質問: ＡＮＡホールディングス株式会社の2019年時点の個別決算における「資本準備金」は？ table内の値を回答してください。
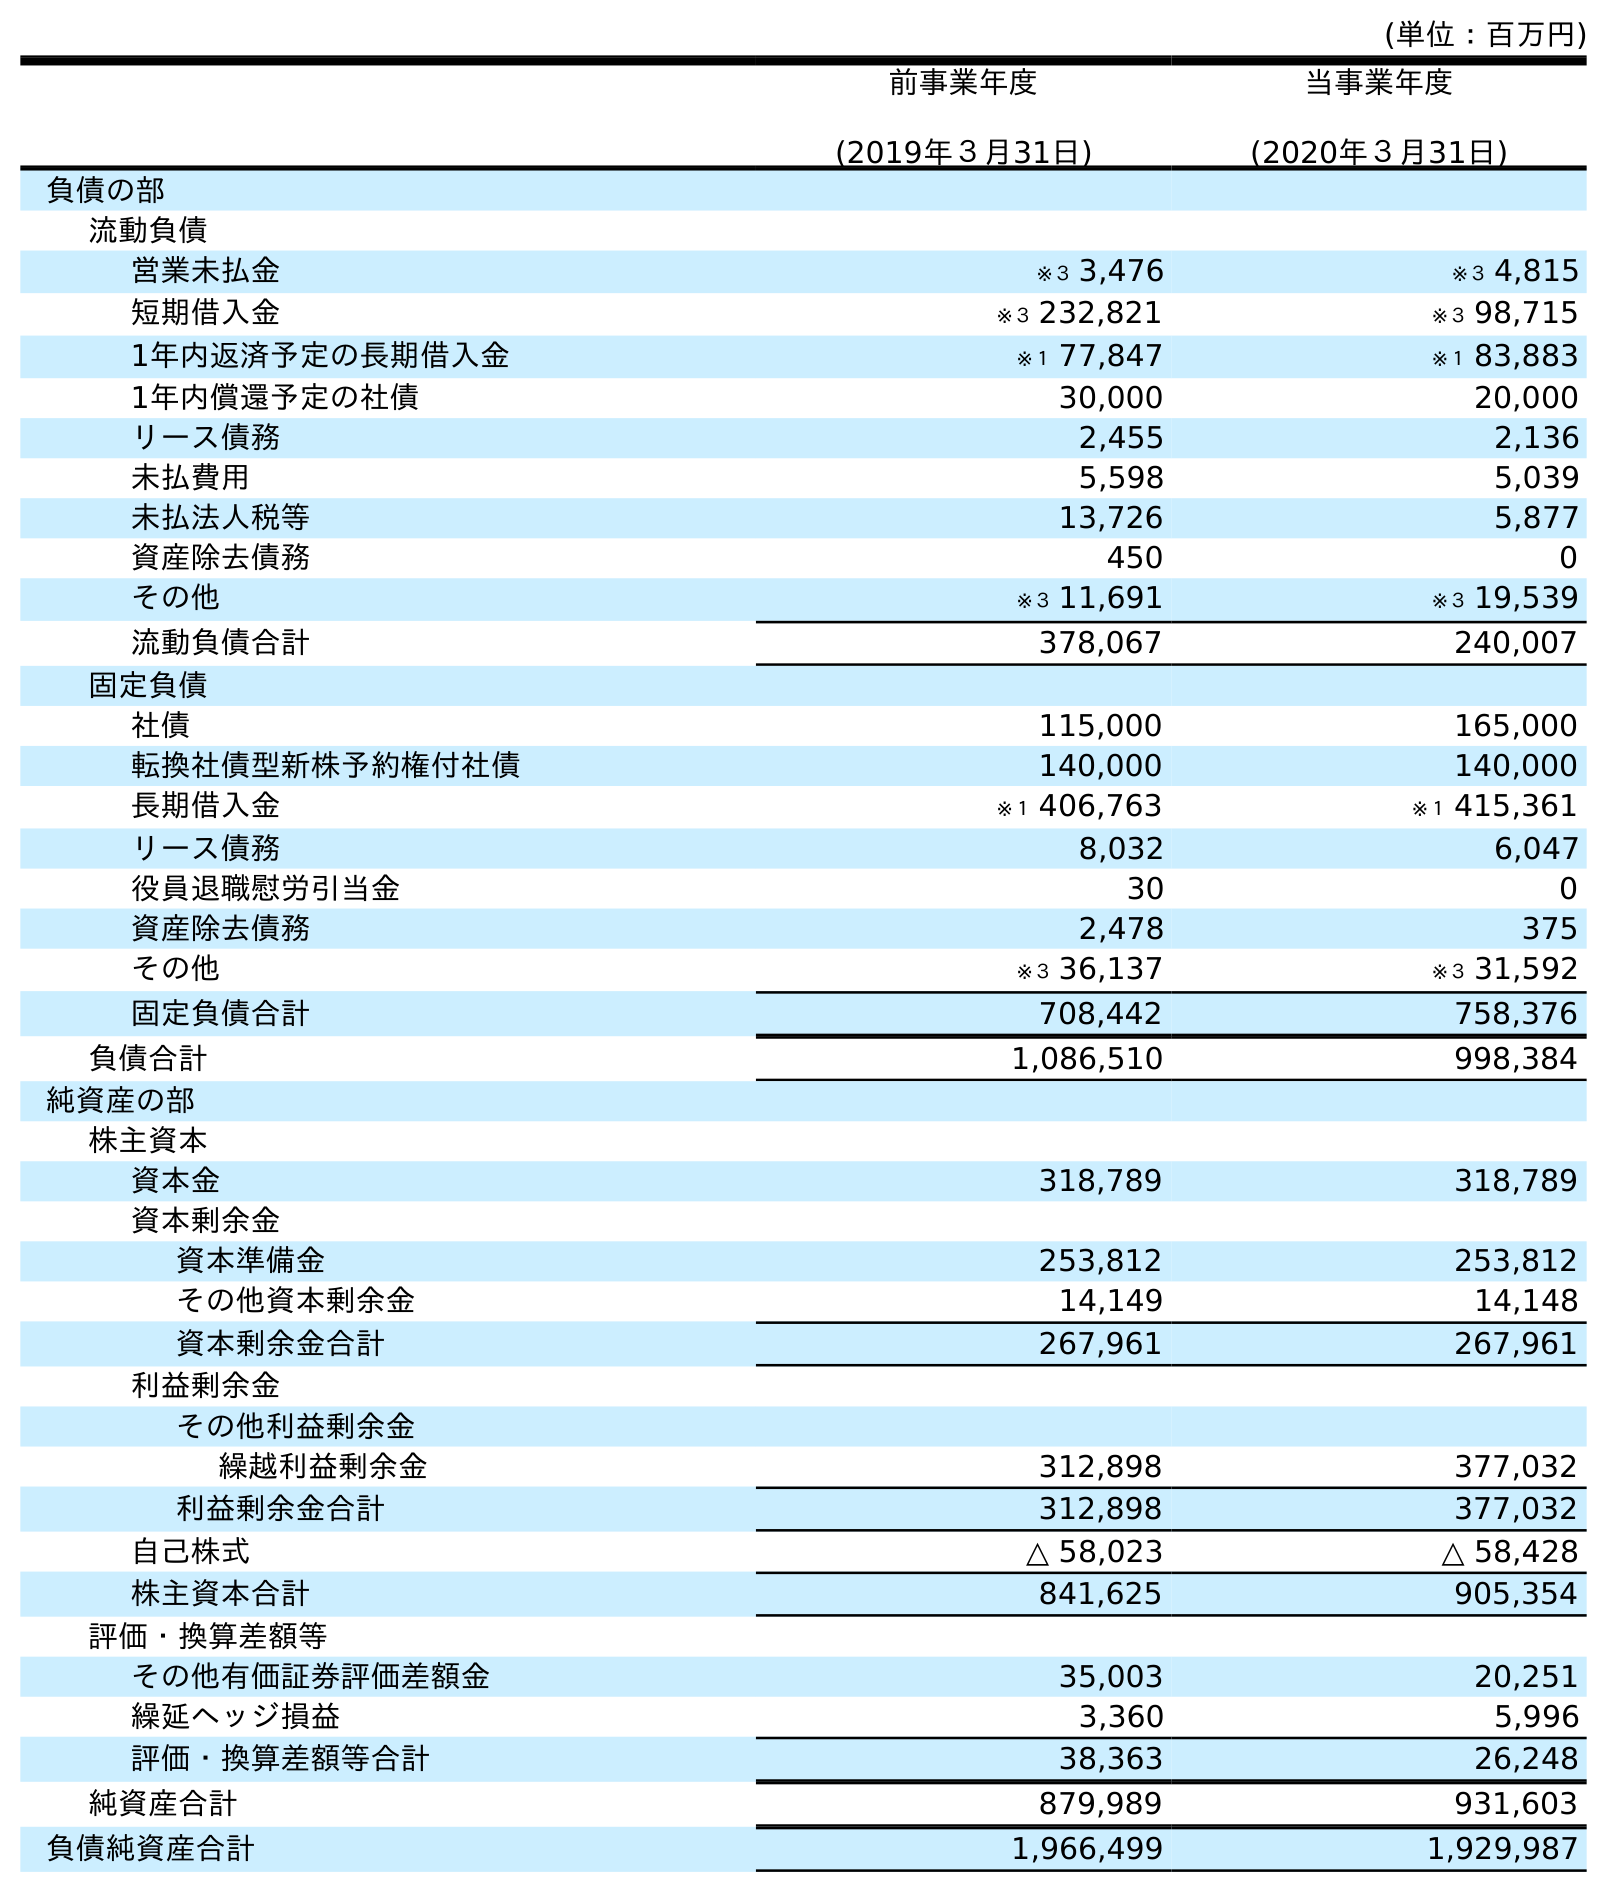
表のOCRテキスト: (単位：百万円) 前事業年度 (2019年３月31日) 当事業年度 (2020年３月31日) 負債の部 流動負債 営業未払金 ※３ 3,476 ※３ 4,815 短期借入金 ※３ 232,821 ※３ 98,715 1年内返済予定の長期借入金 ※１ 77,847 ※１ 83,883 1年内償還予定の社債 30,000 20,000 リース債務 2,455 2,136 未払費用 5,598 5,039 未払法人税等 13,726 5,877 資産除去債務 450 0 その他 ※３ 11,691 ※３ 19,539 流動負債合計 378,067 240,007 固定負債 社債 115,000 165,000 転換社債型新株予約権付社債 140,000 140,000 長期借入金 ※１ 406,763 ※１ 415,361 リース債務 8,032 6,047 役員退職慰労引当金 30 0 資産除去債務 2,478 375 その他 ※３ 36,137 ※３ 31,592 固定負債合計 708,442 758,376 負債合計 1,086,510 998,384 純資産の部 株主資本 資本金 318,789 318,789 資本剰余金 資本準備金 253,812 253,812 その他資本剰余金 14,149 14,148 資本剰余金合計 267,961 267,961 利益剰余金 その他利益剰余金 繰越利益剰余金 312,898 377,032 利益剰余金合計 312,898 377,032 自己株式 △ 58,023 △ 58,428 株主資本合計 841,625 905,354 評価・換算差額等 その他有価証券評価差額金 35,003 20,251 繰延ヘッジ損益 3,360 5,996 評価・換算差額等合計 38,363 26,248 純資産合計 879,989 931,603 負債純資産合計 1,966,499 1,929,987
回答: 253,812